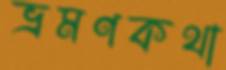
ভ্রমণকথা